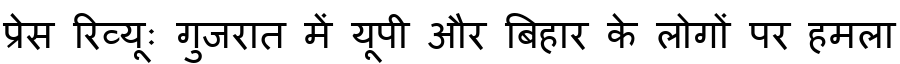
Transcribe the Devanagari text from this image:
प्रेस रिव्यूः गुजरात में यूपी और बिहार के लोगों पर हमला